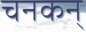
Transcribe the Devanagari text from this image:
चनकन्